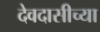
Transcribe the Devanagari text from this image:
देवदासीच्या